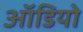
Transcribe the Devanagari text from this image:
आॅडियो